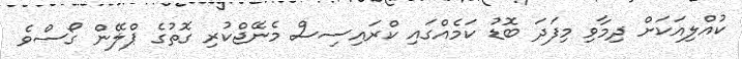
ކުއްލިއަކަށް ދިމާވި މިފަދަ ބޮޑު ކަމެއްގައި ކްރައިސިސް މެނޭޖްކުރި ގޮތުގެ ޕްލޭން ގޯސްވެ